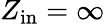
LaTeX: Z_{\mathrm{in}}=\infty